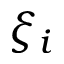
\xi _ { i }